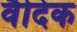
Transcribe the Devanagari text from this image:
वैदिक